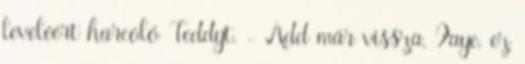
leveléért harcoló Teddyt. - Add már vissza, Faye, ez